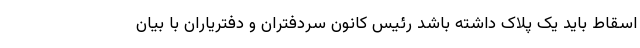
اسقاط باید یک پلاک داشته باشد رئیس کانون سردفتران و دفتریاران با بیان